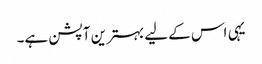
یہی اس کے لیے بہترین آپشن ہے۔